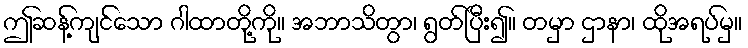
ဤဆန့်ကျင်သော ဂါထာတို့ကို။ အဘာသိတွာ၊ ရွတ်ပြီး၍။ တမှာ ဌာနာ၊ ထိုအရပ်မှ။